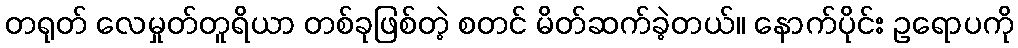
တရုတ် လေမှုတ်တူရိယာ တစ်ခုဖြစ်တဲ့ စတင် မိတ်ဆက်ခဲ့တယ်။ နောက်ပိုင်း ဥရောပကို